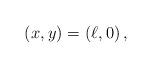
LaTeX: \begin{align*}(x_{},y_{}) = \left(\ell_{},0\right),\end{align*}